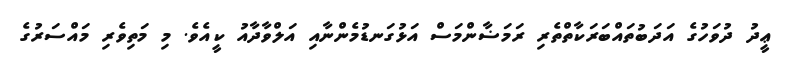
ޢީދު ދުވަހުގެ އަދަބުތައްބަރަކާތްތެރި ރަމަޟާންމަސް އަޅުގަނޑުމެންނާއި އަލްވާދާއު ކީއެވެ. މި މަތިވެރި މައްސަރުގެ